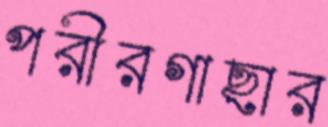
পরীরগাছার